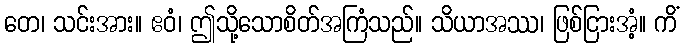
တေ၊ သင်းအား။ ဧဝံ၊ ဤသို့သောစိတ်အကြံသည်။ သိယာအဿ၊ ဖြစ်ငြားအံ့။ ကိံ